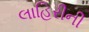
લાહિરીની